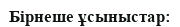
Бірнеше ұсыныстар: